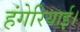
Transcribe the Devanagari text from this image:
हंगेरियाई।